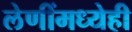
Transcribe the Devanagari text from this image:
लेणींमध्येही